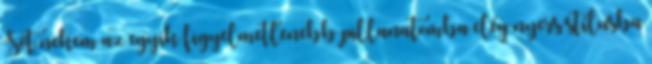
Sőt nekem az egyik figyelmetlenebb pillanatomba elég nyers stílusba